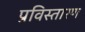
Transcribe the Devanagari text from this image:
प्रविस्तारण